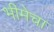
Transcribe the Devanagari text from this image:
भीमेचा